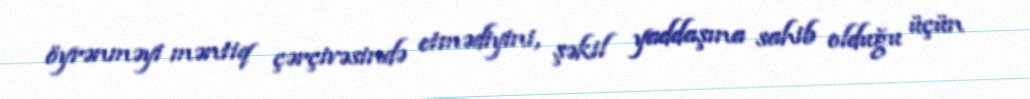
öyrənməyi məntiq çərçivəsində etmədiyini, şəkil yaddaşına sahib olduğu üçün